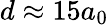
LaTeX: d\approx 15a_{0}